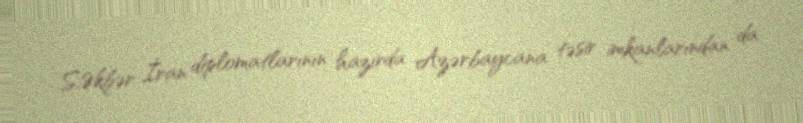
S.Əkbər İran diplomatlarının hazırda Azərbaycana təsir imkanlarından da